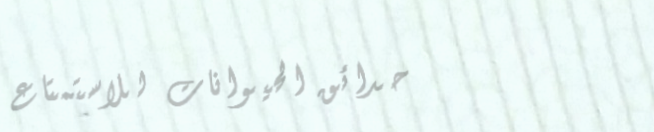
حدائق الحيوانات للاستمتاع